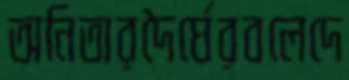
অনিতারদৈর্ঘেরবলেদে